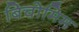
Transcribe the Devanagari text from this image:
बिचोमिम